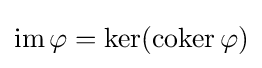
\operatorname {im} \varphi =\ker(\operatorname {coker} \varphi )